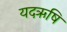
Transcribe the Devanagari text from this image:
यदऋषि